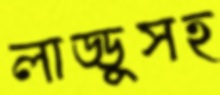
লাড্ডুসহ